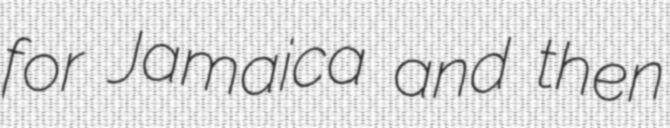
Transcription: for Jamaica and then